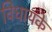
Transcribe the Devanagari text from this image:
विधायके